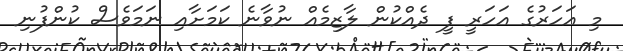
މި އަހަރުގެ އަހަރީ ފީ ދެއްކުން ލާޒިމެއް ނުވާނެ ކަމަށާއި ނަމަވެސް ކުންފުނި